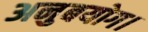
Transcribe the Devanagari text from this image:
अनुबयोग।